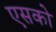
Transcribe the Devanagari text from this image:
एसको